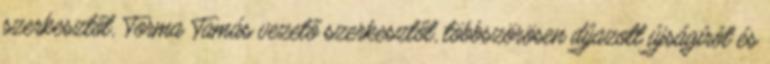
szerkesztőt, Torma Tamás vezető szerkesztőt, többszörösen díjazott újságírót és